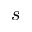
s